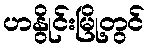
ဟနွိုင်းမြို့တွင်